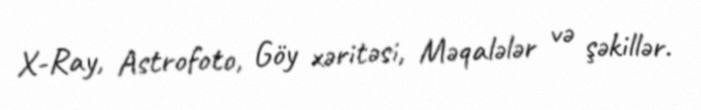
X-Ray, Astrofoto, Göy xəritəsi, Məqalələr və şəkillər.